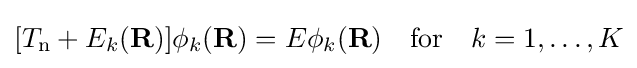
[T_{\text{n}}+E_{k}(\mathbf {R} )]\phi _{k}(\mathbf {R} )=E\phi _{k}(\mathbf {R} )\quad {\text{for}}\quad k=1,\ldots ,K